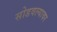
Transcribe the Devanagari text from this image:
सोडवल्यावर